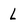
Character: L